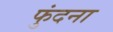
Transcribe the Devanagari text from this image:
फुंदना